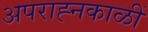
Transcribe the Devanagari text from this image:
अपराह्नकाळीं